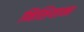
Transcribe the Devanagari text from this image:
निशियामा